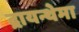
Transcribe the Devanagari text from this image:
द्रायन्थेमा